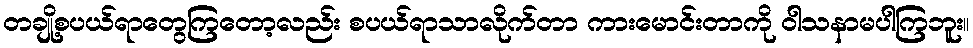
တချို့စပယ်ရာတွေကြတော့လည်း စပယ်ရာသာလိုက်တာ ကားမောင်းတာကို ဝါသနာမပါကြဘူး။